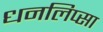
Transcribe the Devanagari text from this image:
धनलिप्सा